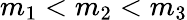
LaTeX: m_{1}<m_{2}<m_{3}